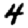
Digit: 4